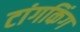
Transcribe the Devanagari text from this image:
टांगकिंग